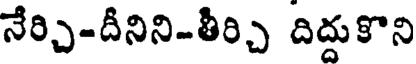
నేర్చి-దీనిని-తీర్చి దిద్దుకొని